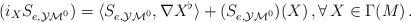
LaTeX: \begin{align*} (i_X S_{e,\mathcal{YM}^0 }) = \langle S_{e,\mathcal{YM}^0 },\nabla X^{\flat}\rangle + (S_{e,\mathcal{YM}^0 }) (X)\, ,\forall\, X\in \Gamma (M)\, . \end{align*}